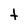
Character: t